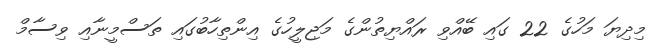
މިދިޔަ މަހުގެ 22 ގައި ބޭއްވި ރައްޔިތުންގެ މަޖިލީހުގެ އިންތިހާބުގައި ތަސްމީނާއި ވިސާމް